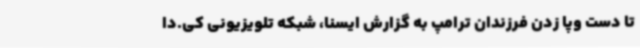
تا دست وپا زدن فرزندان ترامپ به گزارش ایسنا، شبکه تلویزیونی کی.دا